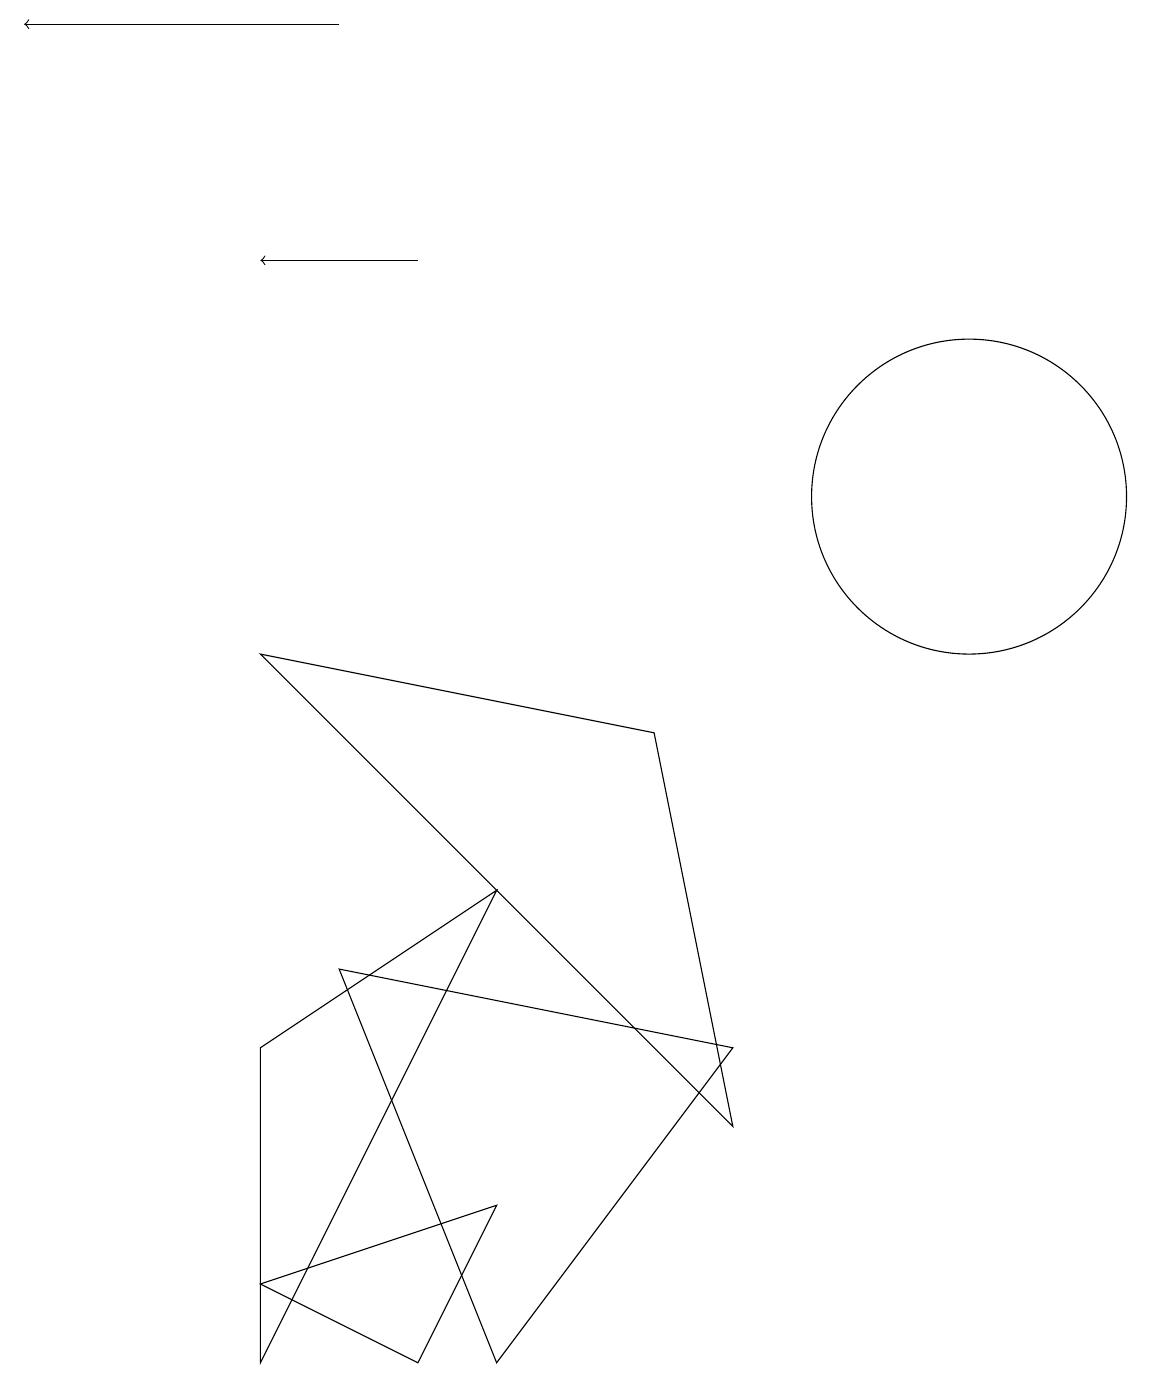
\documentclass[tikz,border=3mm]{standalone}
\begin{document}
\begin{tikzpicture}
\draw[->] (5,14) -- (3,14);
\draw[->] (4,17) -- (0,17);
\draw (3,0) -- (6,6) -- (3,4) -- cycle;
\draw (6,0) -- (4,5) -- (9,4) -- cycle;
\draw (12,11) circle (2);
\draw (3,1) -- (6,2) -- (5,0) -- cycle;
\draw (3,9) -- (8,8) -- (9,3) -- cycle;
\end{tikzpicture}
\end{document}